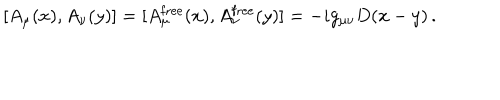
[ A _ { \mu } ( x ) , A _ { \nu } ( y ) ] = [ A _ { \mu } ^ { \mathrm { f r e e } } ( x ) , A _ { \nu } ^ { \mathrm { f r e e } } ( y ) ] = - i g _ { \mu \nu } D ( x - y ) \, .